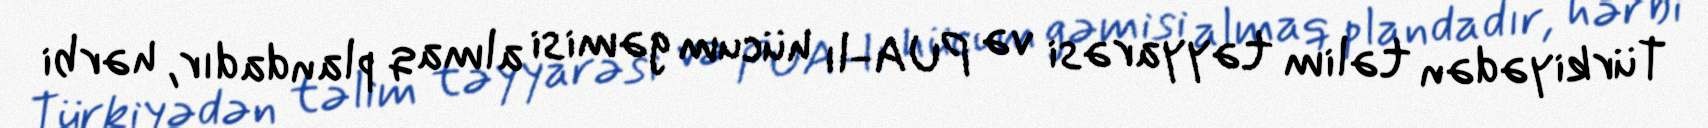
Türkiyədən təlim təyyarəsi və PUA-lı hücum gəmisi almaq plandadır, hərbi